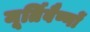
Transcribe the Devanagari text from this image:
मूर्तिवैष्णों